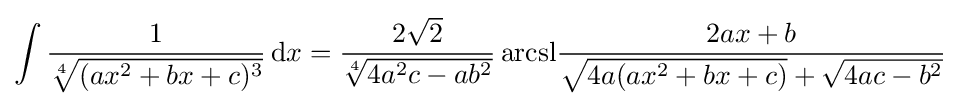
\int {\frac {1}{\sqrt[{4}]{(ax^{2}+bx+c)^{3}}}}\,\mathrm {d} x={{\frac {2{\sqrt {2}}}{\sqrt[{4}]{4a^{2}c-ab^{2}}}}\operatorname {arcsl} }{\frac {2ax+b}{{\sqrt {4a(ax^{2}+bx+c)}}+{\sqrt {4ac-b^{2}}}}}